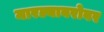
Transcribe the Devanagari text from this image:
मारल्याबरोबर